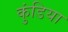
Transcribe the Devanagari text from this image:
कुंडिया